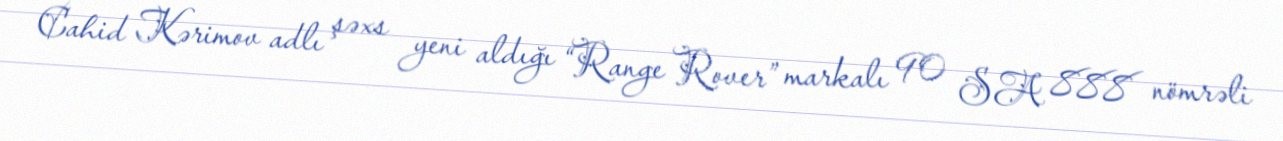
Cahid Kərimov adlı şəxs yeni aldığı “Range Rover” markalı 90 SA 888 nömrəli